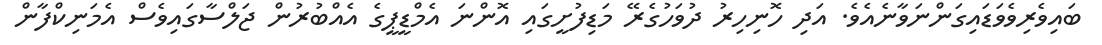
ބައިވެރިވެވަޑައިގަންނަވާނެއެވެ. އަދި ހޮނިހިރު ދުވަހުގެރޭ މަޑިފުށީގައި އޮންނަ އެމްޑީޕީގެ އެއްބުރުން ޖަލްސާގައިވެސް އެމަނިކްފާން